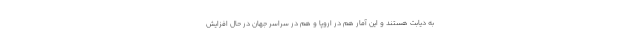
به دیابت هستند و این آمار هم در اروپا و هم در سراسر جهان در حال افزایش